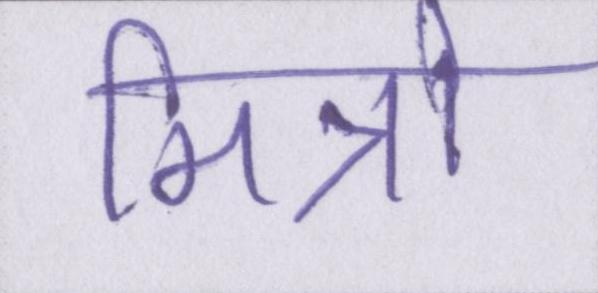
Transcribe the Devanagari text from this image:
मित्रो